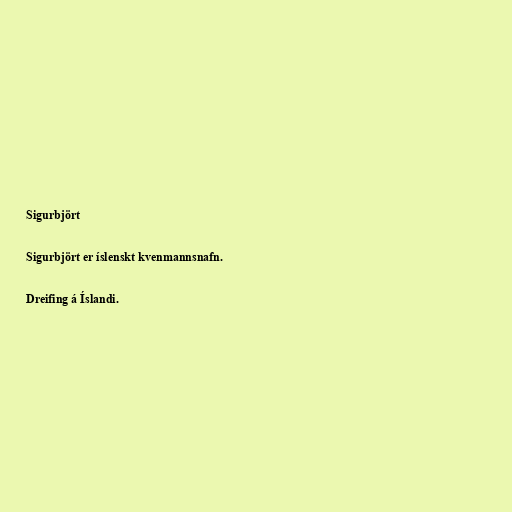
Sigurbjört

Sigurbjört er íslenskt kvenmannsnafn.

Dreifing á Íslandi.